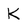
Character: K